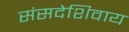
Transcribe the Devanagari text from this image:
संसदेशिवाय